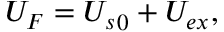
U _ { F } = { U _ { s } } _ { 0 } + U _ { e x } ,